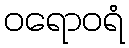
ဝရောဝရံ